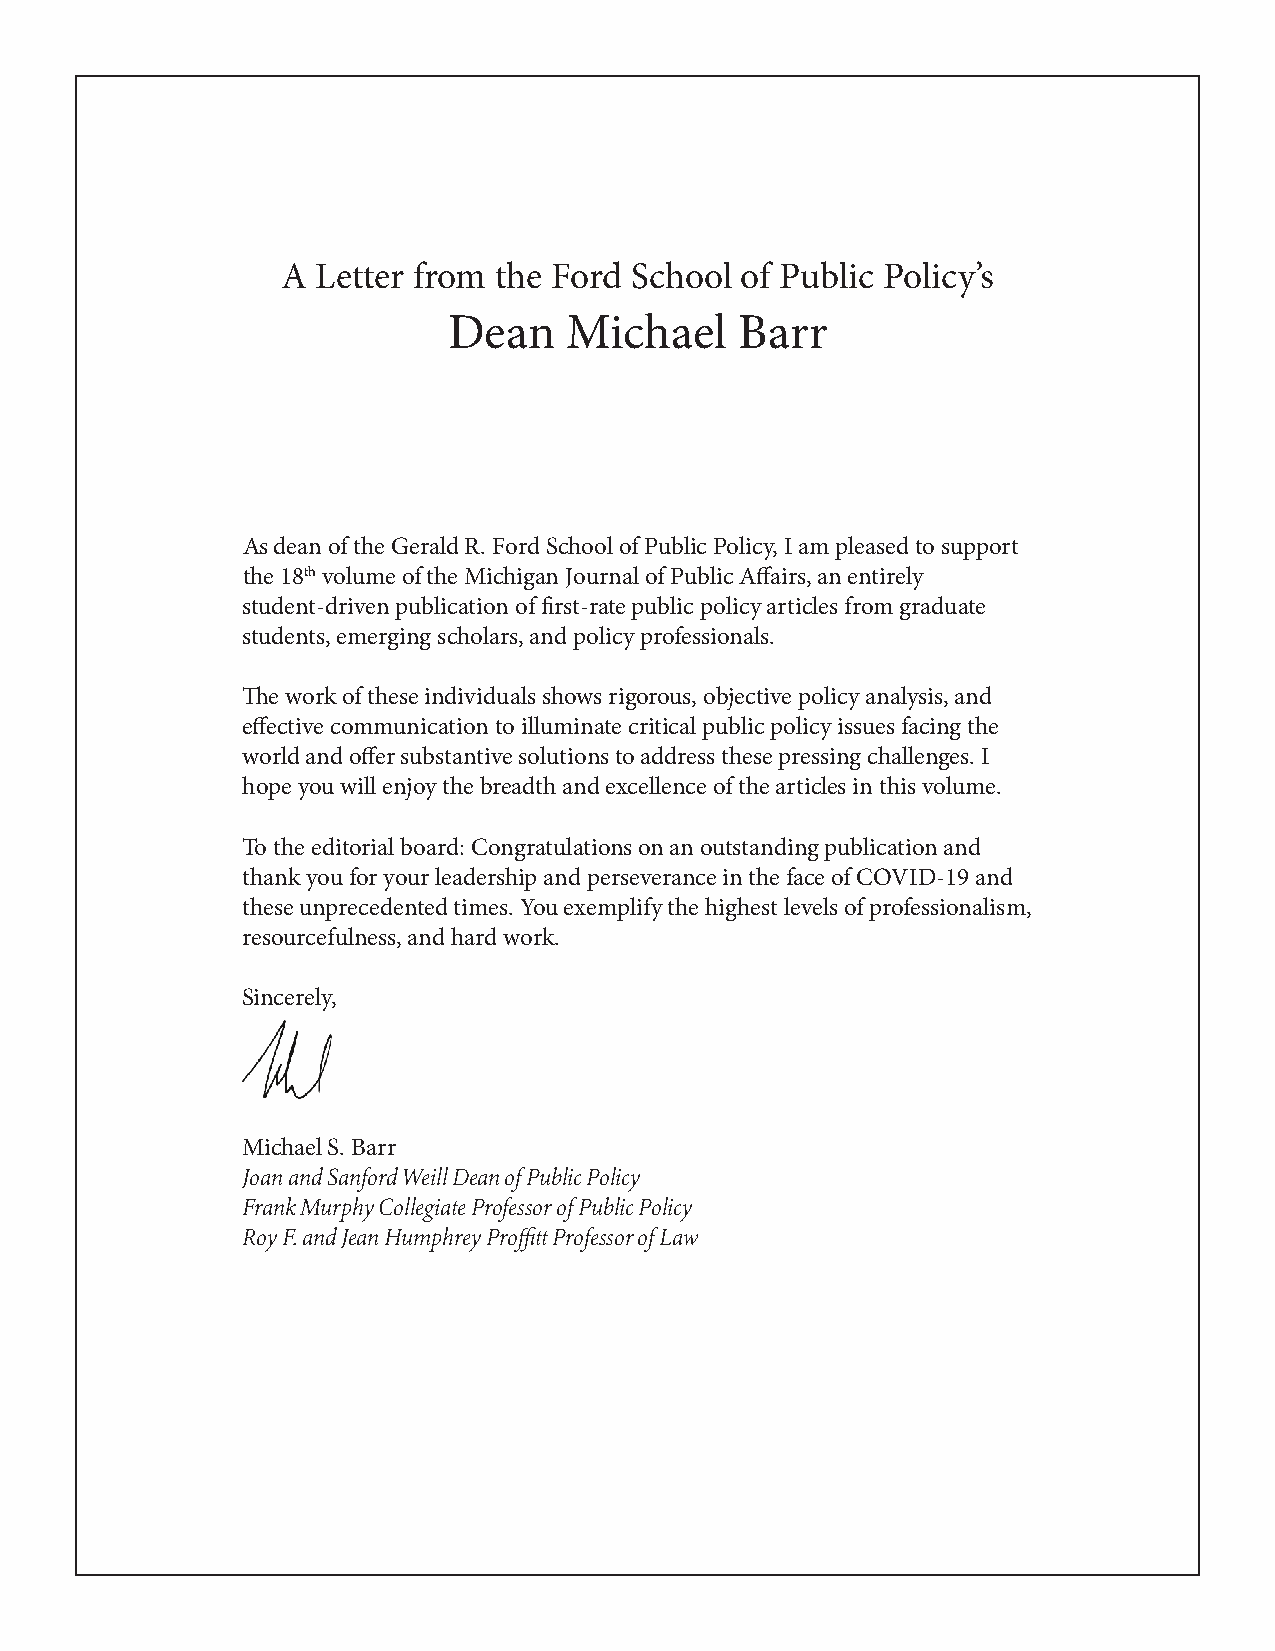
A Letter from the Ford School of Public Policy’s
 Dean    Michael    Barr
 As dean of the Gerald R. Ford School of Public Policy, I am pleased to support
 the 18th volume of the Michigan Journal of Public Affairs, an entirely
 student-driven publication of first-rate public policy articles from graduate
 students, emerging scholars, and policy professionals.
 The work of these individuals shows rigorous, objective policy analysis, and
 effective communication to illuminate critical public policy issues facing the
 world and offer substantive solutions to address these pressing challenges. I
 hope you will enjoy the breadth and excellence of the articles in this volume.
 To the editorial board: Congratulations on an outstanding publication and
 thank you for your leadership and perseverance in the face of COVID-19 and
 these unprecedented times. You exemplify the highest levels of professionalism,
 resourcefulness, and hard work.
 Sincerely,
 Michael S. Barr
 Joan and Sanford Weill Dean of Public Policy
 Frank Murphy Collegiate Professor of Public Policy
 Roy F. and Jean Humphrey Proffitt Professor of Law